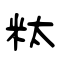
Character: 粏